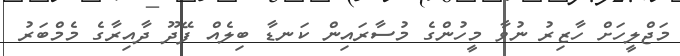
މަޖްލީހަށް ހާޒިރު ނުވާ މީހުންގެ މުސާރައިން ކަނޑާ ބިލެއް ފޭދޫ ދާއިރާގެ މެމްބަރު